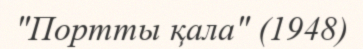
"Портты қала" (1948)